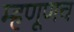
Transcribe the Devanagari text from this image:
म्हणूणच